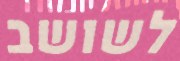
לשושב